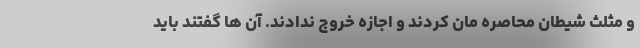
و مثلث شیطان محاصره مان کردند و اجازه خروج ندادند. آن ها گفتند باید